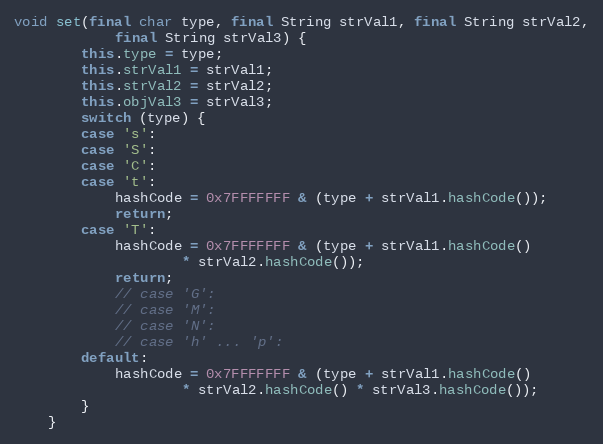
Language: Java
void set(final char type, final String strVal1, final String strVal2,
            final String strVal3) {
        this.type = type;
        this.strVal1 = strVal1;
        this.strVal2 = strVal2;
        this.objVal3 = strVal3;
        switch (type) {
        case 's':
        case 'S':
        case 'C':
        case 't':
            hashCode = 0x7FFFFFFF & (type + strVal1.hashCode());
            return;
        case 'T':
            hashCode = 0x7FFFFFFF & (type + strVal1.hashCode()
                    * strVal2.hashCode());
            return;
            // case 'G':
            // case 'M':
            // case 'N':
            // case 'h' ... 'p':
        default:
            hashCode = 0x7FFFFFFF & (type + strVal1.hashCode()
                    * strVal2.hashCode() * strVal3.hashCode());
        }
    }